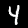
Digit: 4